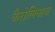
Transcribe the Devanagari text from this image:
कैरोलिनाज